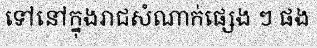
ទៅនៅក្នុងរាជសំណាក់ផ្សេង ៗ ផង